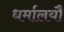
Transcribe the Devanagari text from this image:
धर्मालयौं